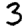
Digit: 3